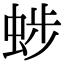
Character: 𧌂